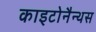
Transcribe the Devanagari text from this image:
काइटोनैन्थस